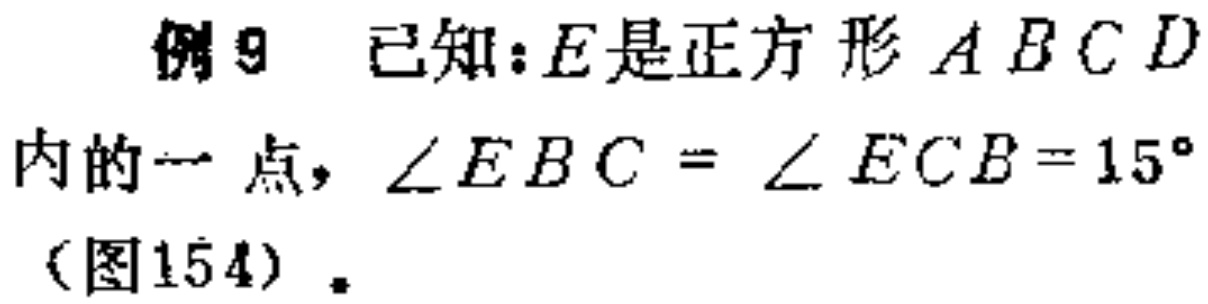
例9 已知：\(E\)是正方形\(ABCD\)内的一点，\(\angle EBC = \angle ECB = 15^{\circ}\)(图154)。